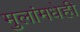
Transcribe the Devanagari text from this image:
मुलांमधेही